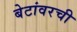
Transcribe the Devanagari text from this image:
बेटांवरची